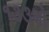
૧૩૩મો